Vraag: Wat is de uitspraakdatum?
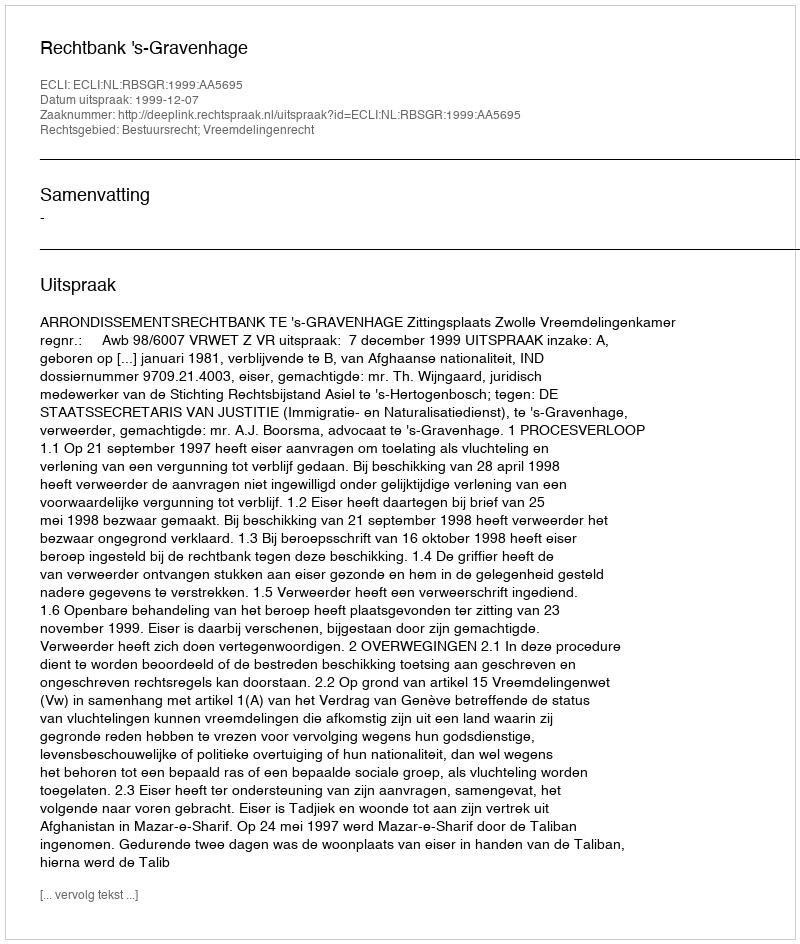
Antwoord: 1999-12-07